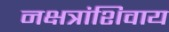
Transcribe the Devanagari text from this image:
नक्षत्रांशिवाय